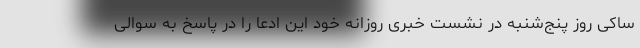
ساکی روز پنج‌شنبه در نشست خبری روزانه خود این ادعا را در پاسخ به سوالی